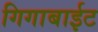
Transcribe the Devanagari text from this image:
गिगाबाईट